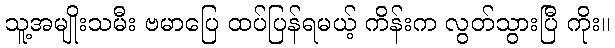
သူ့အမျိုးသမီး ဗမာပြေ ထပ်ပြန်ရမယ့် ကိန်းက လွတ်သွားပြီ ကိုး။